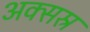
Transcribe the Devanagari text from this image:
अक्सस्र